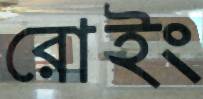
রোইং